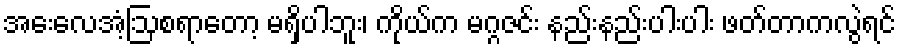
အေးလေအံ့ဩစရာတော့ မရှိပါဘူး၊ ကိုယ်က မဂ္ဂဇင်း နည်းနည်းပါးပါး ဖတ်တာကလွဲရင်